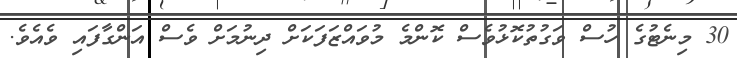
30 މިނެޓުގެ ހުސް ވަގުތުކޮޅުވެސް ކޮންމެ މުވައްޒަފަކަށް ދިނުމަށް ވެސް އަންގާފައި ވެއެވެ.